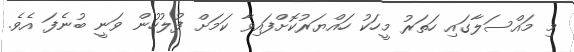
މި މައްސަލާގައި ހަތަރު މީހަކު ހައްޔަރުކޮށްފައިވާ ކަމަށް ފުލުހުން ވަނީ ބުނެފަ އެވެ.